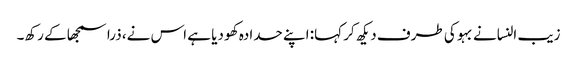
زیب النسانے بہو کی طرف دیکھ کر کہا: اپنے حدادہ کھو دیا ہے اس نے، ذرا سمجھا کے رکھ۔